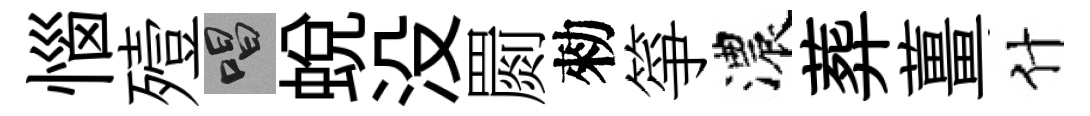
惱殪唱蜕没罽勑箏濃葬薑什